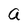
Character: a